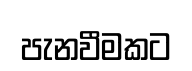
පැනවීමකට